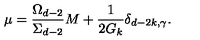
\mu = \frac { \Omega _ { d - 2 } } { \Sigma _ { d - 2 } } M + \frac { 1 } { 2 G _ { k } } \delta _ { d - 2 k , \gamma } .